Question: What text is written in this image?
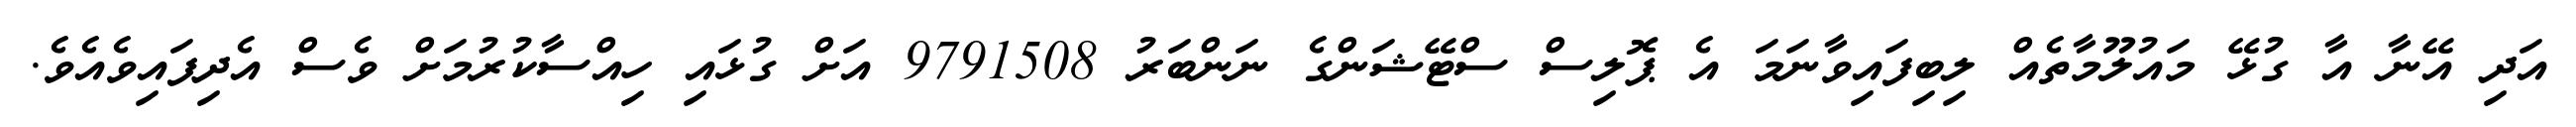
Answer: އަދި އޭނާ އާ ގުޅޭ މައުލޫމާތެއް ލިބިފައިވާނަމަ އެ ޕޮލިސް ސްޓޭޝަންގެ ނަންބަރު 9791508 އަށް ގުޅައި ހިއްސާކުރުމަށް ވެސް އެދިފައިވެއެވެ.